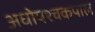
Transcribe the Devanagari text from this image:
अधोपश्चकपाल